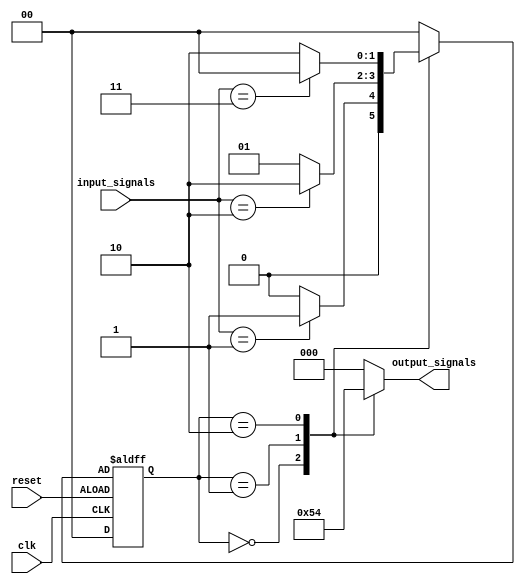
module finite_state_machine (
    input wire clk,
    input wire reset,
    input wire [N-1:0] input_signals,
    output wire [M-1:0] output_signals
);

parameter N = 2; // Number of input signals
parameter M = 3; // Number of output signals

// State encoding
parameter STATE_A = 2'b00;
parameter STATE_B = 2'b01;
parameter STATE_C = 2'b10;

// State register
reg [1:0] state_reg, next_state_reg;

// State transition logic
always @ (posedge clk or negedge reset) begin
    if (reset) begin
        state_reg <= STATE_A;
    end else begin
        state_reg <= next_state_reg;
    end
end

// Output logic
always @ (state_reg or input_signals) begin
    case (state_reg)
        STATE_A: output_signals = M'b001;
        STATE_B: output_signals = M'b010;
        STATE_C: output_signals = M'b100;
        default: output_signals = M'b000;
    endcase
end

// State transition logic
always @ (state_reg or input_signals) begin
    case (state_reg)
        STATE_A: next_state_reg = (input_signals == N'b01) ? STATE_B : STATE_A;
        STATE_B: next_state_reg = (input_signals == N'b10) ? STATE_C : STATE_B;
        STATE_C: next_state_reg = (input_signals == N'b11) ? STATE_A : STATE_C;
        default: next_state_reg = STATE_A;
    endcase
end

endmodule